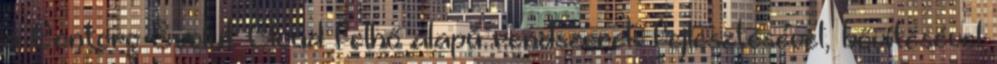
a Contorg Evolut Cloud felhő alapú rendszerek fejlesztésével, bővítésével